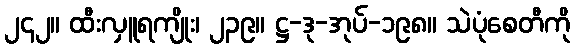
၂၄၂။ ထီးလှူရကျိုး၊ ၂၃၉။ ဋ္ဌ-ဒု-အုပ်-၁၉၈။ သဲပုံစေတီကို